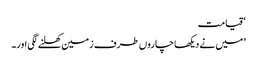
‘ قیامت
’میں نے دیکھا چاروں طرف زمین کھلنے لگی اور۔